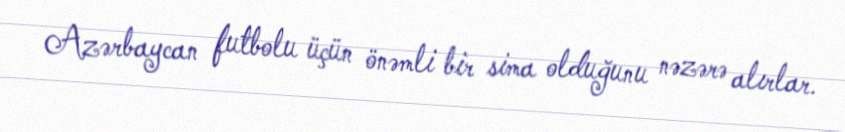
Azərbaycan futbolu üçün önəmli bir sima olduğunu nəzərə alırlar.